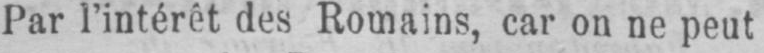
Par l’intérêt des Romains, car on ne peut